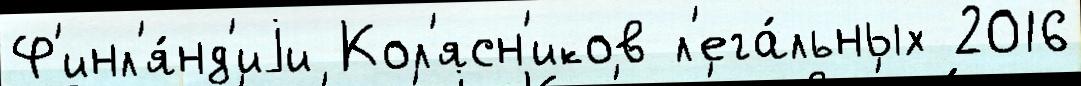
Ф'инл'я́нд'иjи Кол'ясн'иков л'ега́льных 2016